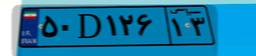
۵۰D۱۲۶۱۳